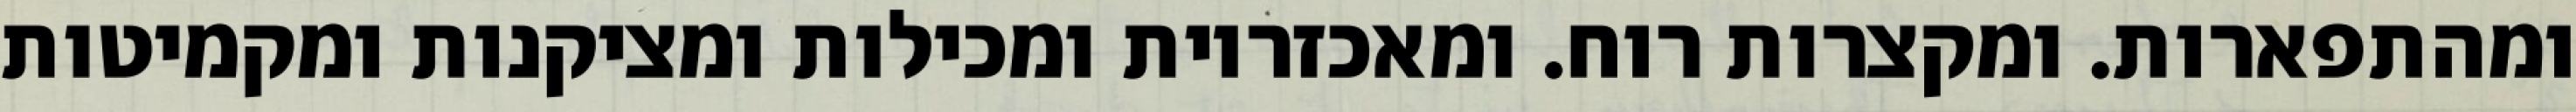
ומהתפארות. ומקצרות רוח. ומאכזריות ומכילות ומציקנות ומקמיטות